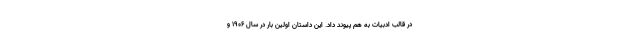
در قالب ادبیات به هم پیوند داد. این داستان اولین بار در سال ۱۹۰۶ و